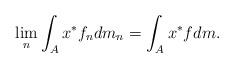
LaTeX: \begin{align*}\lim_n \int_{A} x^*f_ndm_n = \int_{A} x^*fdm.\end{align*}